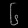
Digit: ၆